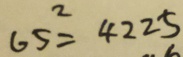
6 5 ^ { 2 } = 4 2 2 5